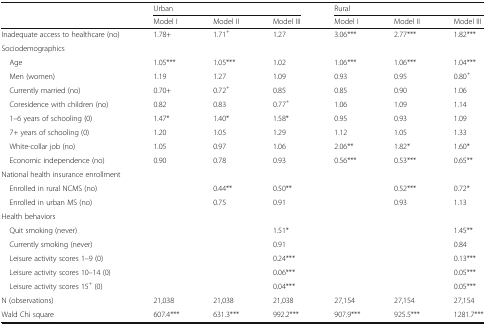
| <ROWSPAN=2>  | <COLSPAN=3> Urban | <COLSPAN=3> Rural |
 | Model I | Model II | Model III | Model I | Model II | Model III |
 | --- | --- | --- | --- | --- | --- | --- |
 | Inadequate access to healthcare (no) | 1.78+ | 1.71+ | 1.27 | 3.06*** | 2.77*** | 1.82*** |
 | <COLSPAN=7> Sociodemographics |
 | Age | 1.05*** | 1.05*** | 1.02 | 1.06*** | 1.06*** | 1.04*** |
 | Men (women) | 1.19 | 1.27 | 1.09 | 0.93 | 0.95 | 0.80+ |
 | Currently married (no) | 0.70+ | 0.72+ | 0.85 | 0.85 | 0.90 | 1.06 |
 | Coresidence with children (no) | 0.82 | 0.83 | 0.77+ | 1.06 | 1.09 | 1.14 |
 | 1–6 years of schooling (0) | 1.47* | 1.40* | 1.58* | 0.95 | 0.93 | 1.09 |
 | 7+ years of schooling (0) | 1.20 | 1.05 | 1.29 | 1.12 | 1.05 | 1.33 |
 | White-collar job (no) | 1.05 | 0.97 | 1.06 | 2.06** | 1.82* | 1.60* |
 | Economic independence (no) | 0.90 | 0.78 | 0.93 | 0.56*** | 0.53*** | 0.65** |
 | <COLSPAN=7> National health insurance enrollment |
 | Enrolled in rural NCMS (no) |  | 0.44** | 0.50** |  | 0.52*** | 0.72* |
 | Enrolled in urban MS (no) |  | 0.75 | 0.91 |  | 0.93 | 1.13 |
 | <COLSPAN=7> Health behaviors |
 | Quit smoking (never) |  |  | 1.51* |  |  | 1.45** |
 | Currently smoking (never) |  |  | 0.91 |  |  | 0.84 |
 | Leisure activity scores 1–9 (0) |  |  | 0.24*** |  |  | 0.13*** |
 | Leisure activity scores 10–14 (0) |  |  | 0.06*** |  |  | 0.05*** |
 | Leisure activity scores 15+ (0) |  |  | 0.04*** |  |  | 0.05*** |
 | N (observations) | 21,038 | 21,038 | 21,038 | 27,154 | 27,154 | 27,154 |
 | Wald Chi square | 607.4*** | 631.3*** | 992.2*** | 907.9*** | 925.5*** | 1281.7*** |